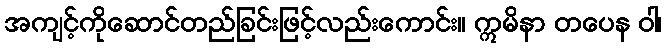
အကျင့်ကိုဆောင်တည်ခြင်းဖြင့်လည်းကောင်း။ ဣမိနာ တပေန ဝါ၊